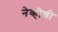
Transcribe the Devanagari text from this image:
नेव्हीशी